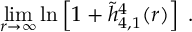
\operatorname * { l i m } _ { r \to \infty } \ln \left[ 1 + \widetilde h _ { 4 , 1 } ^ { 4 } ( r ) \right] \; .